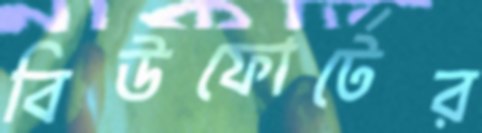
বিউফোর্টের